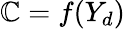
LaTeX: \mathbb{C}=f(Y_{d})